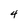
Character: 4